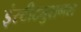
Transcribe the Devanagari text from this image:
इंस्टीट्युशनल